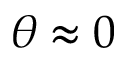
\theta \approx 0